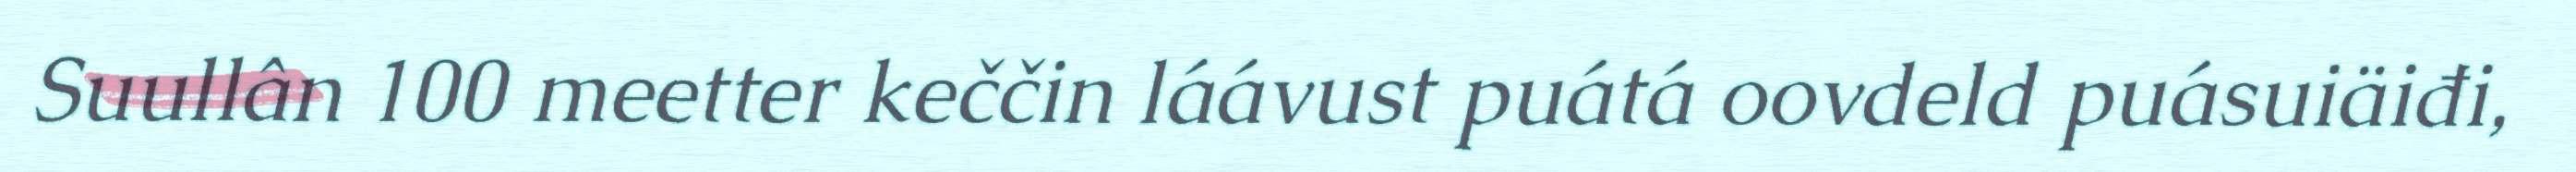
Suullân 100 meetter keččin láávust puátá oovdeld puásuiäiđi,